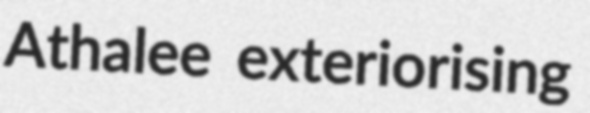
Athalee exteriorising